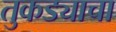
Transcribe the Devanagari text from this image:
तुकड्याचा